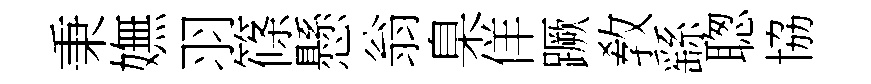
秉嫵羽篠懸翁臬佯蹶敎繇聦協